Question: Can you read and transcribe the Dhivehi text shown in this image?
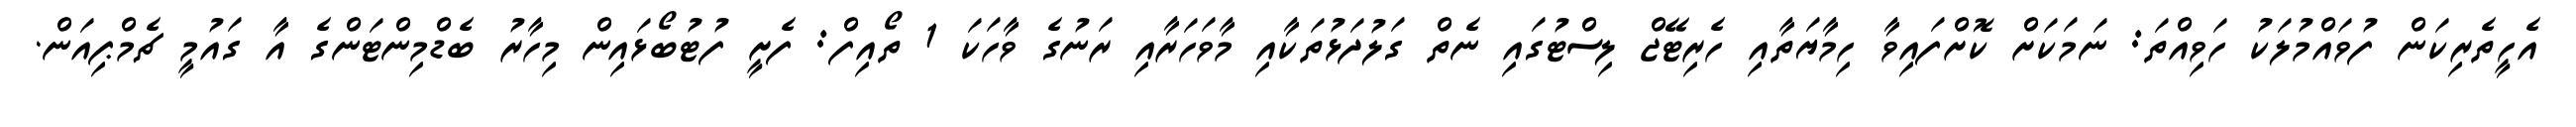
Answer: އެހީތެރިކަން ފުވައްމުލަކު ހަވިއްތަ: ނަމަކަށް ކޮށްފައިވާ ހިމާޔަތާއި ހެރިޓޭޖް ލިސްޓުގައި ނެތް ގަލުދަޅުތަކާއި މާވަހަރާއި ރަނުގެ ވާހަކަ 1 ތޯއިފް: ފެށީ ފުޓުބޯޅައިން މިހާރު ބެޑްމިންޓަންގެ އާ ގައުމީ ޗެމްޕިއަން.